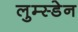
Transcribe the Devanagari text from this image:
लुम्स्डेन